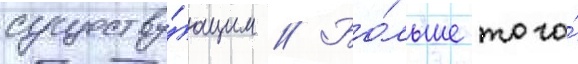
существу́ющим // Бо́льше того́